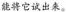
能将它试出来。